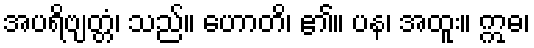
အပရိဗျတ္တံ၊ သည်။ ဟောတိ၊ ၏။ ပန၊ အထူး။ ဣဓ၊